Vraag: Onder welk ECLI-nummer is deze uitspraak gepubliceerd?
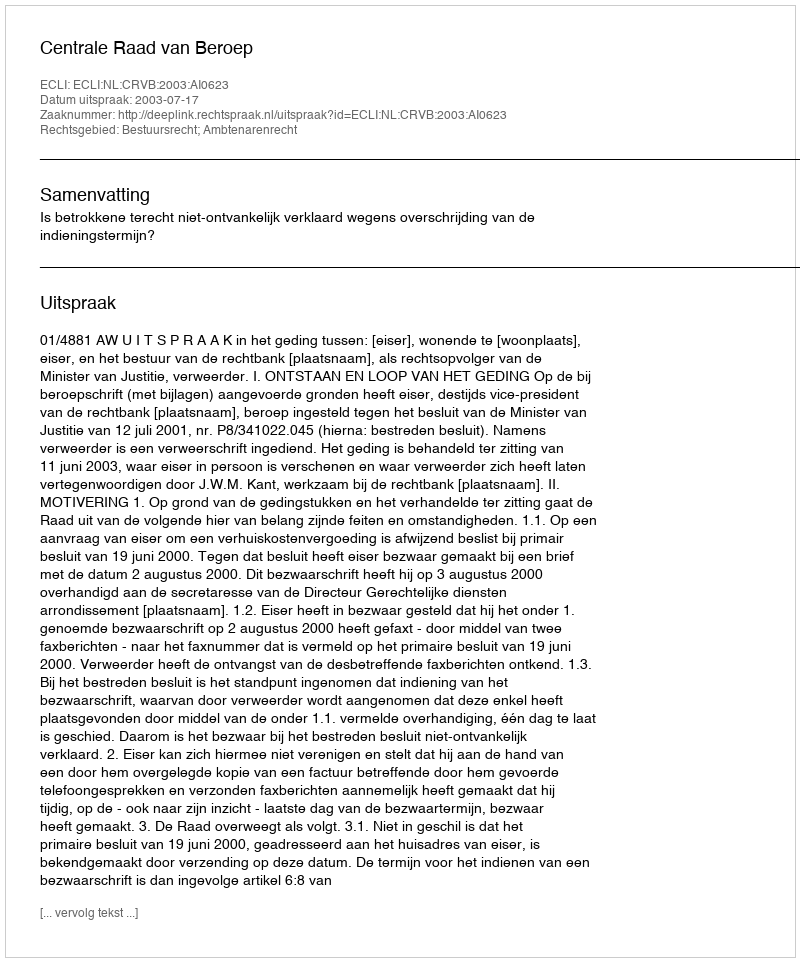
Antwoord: ECLI:NL:CRVB:2003:AI0623